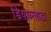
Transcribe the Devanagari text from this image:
डियाब्लाडा